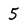
Character: 5